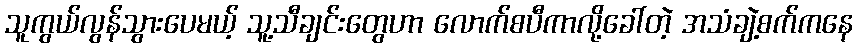
သူကွယ်လွန်သွားပေမယ့် သူ့သီချင်းတွေဟာ လောက်စပီကာလို့ခေါ်တဲ့ အသံချဲ့စက်ကနေ